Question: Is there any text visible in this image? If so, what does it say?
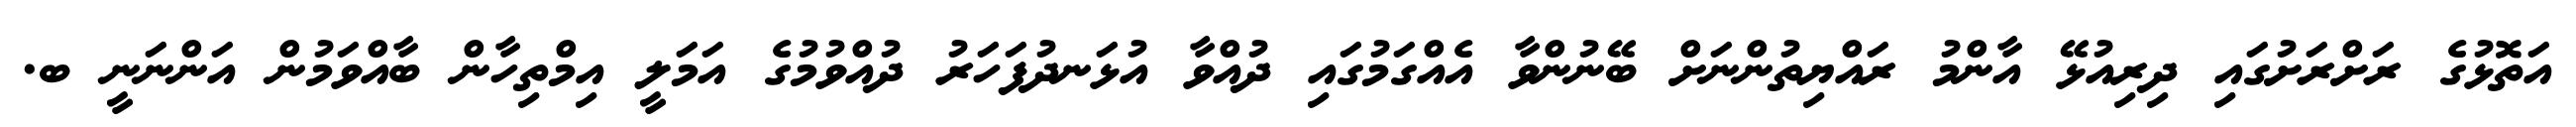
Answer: އަތޮޅުގެ ރަށްރަށުގައި ދިރިއުޅޭ އާންމު ރައްޔިތުންނަށް ބޭނުންވާ އެއްގަމުގައި ދުއްވާ އުޅަނދުފަހަރު ދުއްވުމުގެ އަމަލީ އިމްތިހާން ބާއްވަމުން އަންނަނީ ބ.